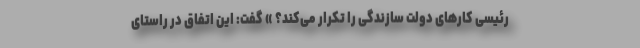
رئیسی کارهای دولت سازندگی را تکرار می‌کند؟ » گفت: این اتفاق در راستای